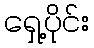
ရှေ့ပိုင်း